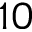
1 0